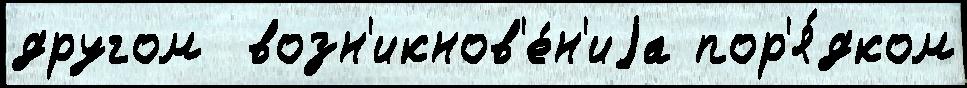
другом  возн'икнов'е́н'иjа пор'я́дком